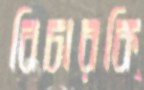
বিচারকি